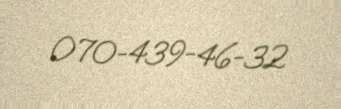
070-439-46-32